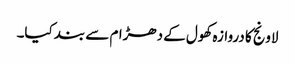
لاونج کا دروازہ کھول کے دھڑام سے بند کیا۔